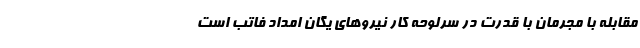
مقابله با مجرمان با قدرت در سرلوحه کار نیروهای یگان امداد فاتب است